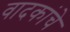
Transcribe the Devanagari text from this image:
वादकांचे